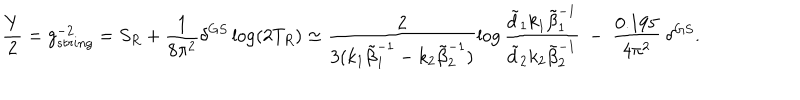
\frac { Y } { 2 } = g _ { s t r i n g } ^ { - 2 } = S _ { R } + \frac { 1 } { 8 \pi ^ { 2 } } \delta ^ { G S } \log ( 2 T _ { R } ) \simeq \frac { 2 } { 3 ( k _ { 1 } \tilde { \beta } _ { 1 } ^ { - 1 } - k _ { 2 } \tilde { \beta } _ { 2 } ^ { - 1 } ) } \log \frac { \tilde { d } _ { 1 } k _ { 1 } \tilde { \beta } _ { 1 } ^ { - 1 } } { \tilde { d } _ { 2 } k _ { 2 } \tilde { \beta } _ { 2 } ^ { - 1 } } \ - \ \frac { 0 . 1 9 5 } { 4 \pi ^ { 2 } } \ \delta ^ { G S } .